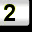
Digit: 2